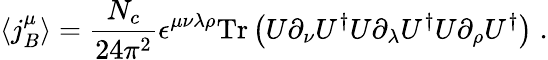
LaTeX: \langle j_{B}^{\mu}\rangle=\frac{N_{c}}{24\pi^{2}}\epsilon^{\mu\nu\lambda\rho}\mathrm{Tr}\left(U\partial_{\nu}U^{\dagger}U\partial_{\lambda}U^{\dagger}U\partial_{\rho}U^{\dagger}\right)\; .